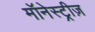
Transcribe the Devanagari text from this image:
मॉनेस्ट्रीज़